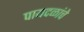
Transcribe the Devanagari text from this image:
पायदळांचे